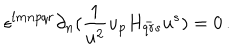
\epsilon ^ { l m n p q r } \partial _ { n } ( { \frac { 1 } { u ^ { 2 } } } u _ { p } H _ { q r s } ^ { - } u ^ { s } ) = 0 \, .